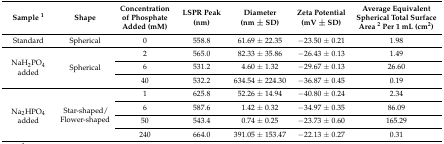
<table><thead><tr><td><b>Sample <sup>1</sup></b></td><td><b>Shape</b></td><td><b>Concentration of Phosphate Added (mM)</b></td><td><b>LSPR Peak (nm)</b></td><td><b>Diameter (nm ± SD)</b></td><td><b>Zeta Potential (mV ± SD)</b></td><td><b>Average Equivalent Spherical Total Surface Area <sup>2</sup> Per 1 mL (cm<sup>2</sup>)</b></td></tr></thead><tbody><tr><td>Standard</td><td>Spherical</td><td>0</td><td>558.8</td><td>61.69 ± 22.35</td><td>−23.50 ± 0.21</td><td>1.98</td></tr><tr><td rowspan="3">NaH<sub>2</sub>PO<sub>4</sub> added</td><td rowspan="3">Spherical</td><td>2</td><td>565.0</td><td>82.33 ± 35.86</td><td>−26.43 ± 0.13</td><td>1.49</td></tr><tr><td>6</td><td>531.2</td><td>4.60 ± 1.32</td><td>−29.67 ± 0.13</td><td>26.60</td></tr><tr><td>40</td><td>532.2</td><td>634.54 ± 224.30</td><td>−36.87 ± 0.45</td><td>0.19</td></tr><tr><td rowspan="4">Na<sub>2</sub>HPO<sub>4</sub> added</td><td rowspan="4">Star-shaped/Flower-shaped</td><td>1</td><td>625.8</td><td>52.26 ± 14.94</td><td>−40.80 ± 0.24</td><td>2.34</td></tr><tr><td>6</td><td>587.6</td><td>1.42 ± 0.32</td><td>−34.97 ± 0.35</td><td>86.09</td></tr><tr><td>50</td><td>543.4</td><td>0.74 ± 0.25</td><td>−23.73 ± 0.60</td><td>165.29</td></tr><tr><td>240</td><td>664.0</td><td>391.05 ± 153.47</td><td>−22.13 ± 0.27</td><td>0.31</td></tr></tbody></table>